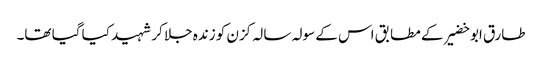
طارق ابو خضیر کے مطابق اس کے سولہ سالہ کزن کو زندہ جلا کر شہید کیا گیا تھا۔